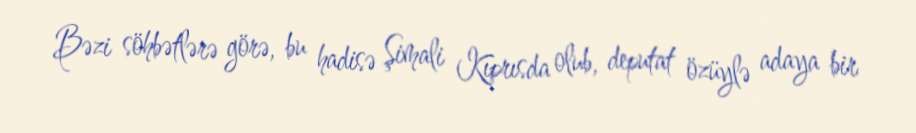
Bəzi söhbətlərə görə, bu hadisə Şimali Kıprısda olub, deputat özüylə adaya bir